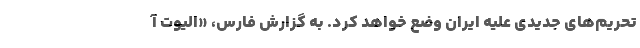
تحریم‌های جدیدی علیه ایران وضع خواهد کرد. به گزارش فارس، «الیوت آ